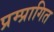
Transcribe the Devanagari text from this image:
प्रम्प्रागित